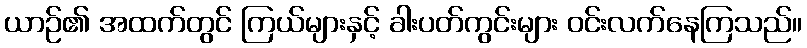
ယာဉ်၏ အထက်တွင် ကြယ်များနှင့် ခါးပတ်ကွင်းများ ဝင်းလက်နေကြသည်။